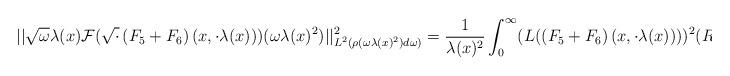
LaTeX: \begin{align*} ||\sqrt{\omega} \lambda(x) \mathcal{F}(\sqrt{\cdot} \left(F_{5}+F_{6}\right)(x,\cdot \lambda(x)))(\omega \lambda(x)^{2})||_{L^{2}(\rho(\omega \lambda(x)^{2}) d\omega)}^{2} = \frac{1}{\lambda(x)^{2}} \int_{0}^{\infty} (L(\left(F_{5}+F_{6}\right)(x,\cdot \lambda(x))))^{2}(R) R dR\end{align*}